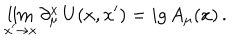
LaTeX: \lim _ { x ^ { \prime } \to x } \partial _ { \mu } ^ { x } \, U ( x , x ^ { \prime } ) = i g \, A _ { \mu } ( x ) \, .